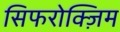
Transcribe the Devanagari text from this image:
सिफरोक्ज़िम